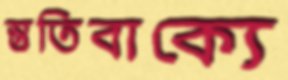
স্তুতিবাক্যে